Papers set at the Examination for Leaving Certificates, 1892
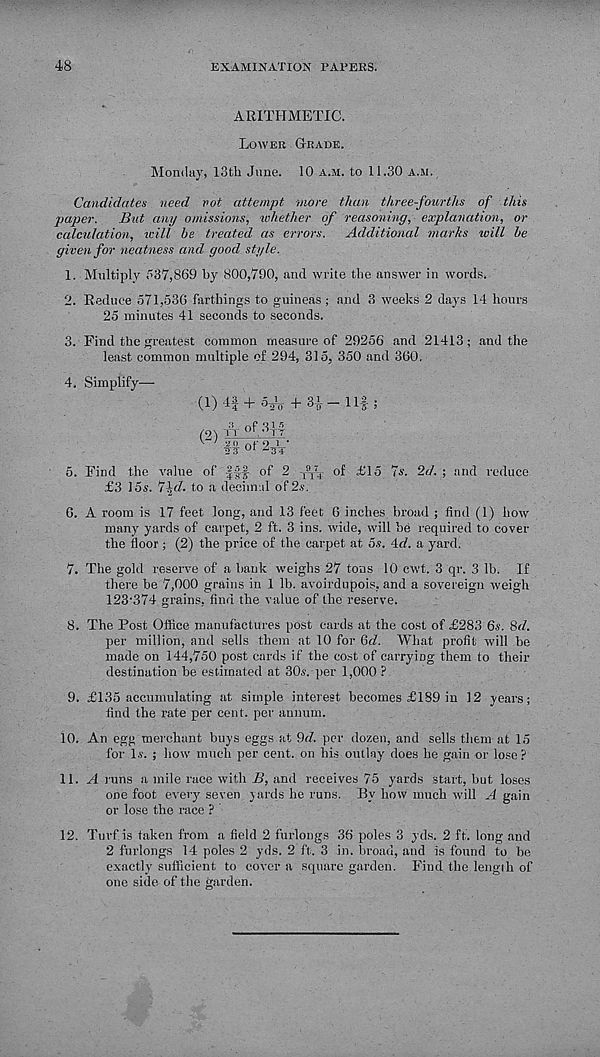
48
EXAMINATION PAPERS.
ARITHMETIC.
Lower Grade.
Monday, 13th June. 10 a.m. to 11.30 a.ji.
Candidates need rot attempt more than three-fourths of this
paper. But any omissions, whether of reasoning, explanation, or
calculation, will he treated as errors. Additional marks will he
given for neatness and good style.
1. Multiply J37,869 by 800,790, and write the answer in words.
2. Reduce 571,530 farthings to guineas ; and 3 weeks 2 days 14 hours
25 minutes 41 seconds to seconds.
3. Find the greatest common measure of 29256 and 21413; and the
least common multiple of 294, 315, 350 and 300.
4. Simplify—
(1) 4| + 5J,y 4- 3i- - 11|;
/O') Tt of dyf
2(1 n r o i •
■ S' ?? U1
5. Find the value of |f| of 2
of £15 7s. 2d. ; and reduce
£3 15s. 7^d. to a decimal of 2s.
0. A room is 17 feet long, and 13 feet 0 inches broad ; find (1) how
many yards of carpet, 2 ft. 3 ins. wide, will be required to cover
the floor ; (2) the price of the carpet at 5.?. 4rf. a yard.
7. The gold reserve of a bank weighs 27 tons 10 cwt. 3 qr. 3 lb. If
there be 7,000 grains in 1 lb. avoirdupois, and a sovereigii weigh
123'374 grains, find the value of the reserve.
8. The Post Office manufactures post cards at the cost of £283 6s. 8d.
per million, and sells them at 10 for 6/7 What profit will be
made on 144,750 post cards if the cost of carrying them to their
destination be estimated at 30s. per 1,000 ?
9. £135 accumulating at simple interest becomes £189 in 12 years;
find the rate per cent, per annum.
10. An egg merchant buys eggs at 9d. per dozen, and sells them at 15
for l.y. ; how much per cent, on his outlay does be gain or lose ?
11. A runs a mile race with B, and receives 75 yards start, but loses
one foot every seven yards he runs. By how much will A gain
or lose the race ?
12. Turf, is taken from a field 2 furlongs 36 poles 3 yds. 2 ft. long and
2 furlongs 14 poles 2 yds. 2 ft. 3 in. broad, and is found to be
exactly sufficient to cover a square garden. Find the length of
one side of the garden.